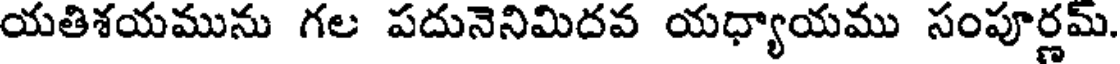
యతిశయమును గల పదునెనిమిదవ యధ్యాయము సంపూర్ణమ్.